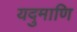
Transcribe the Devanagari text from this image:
यदुमाणि